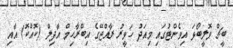
ބީޗް ވޮލީބޯޅަ އިވެންޓުގައި މިއަދު ހަވީރު ރާއްޖޭގެ އިބްރާހިމް އާދިލް (ކޮއްކޮ) އާއި